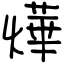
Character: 燁